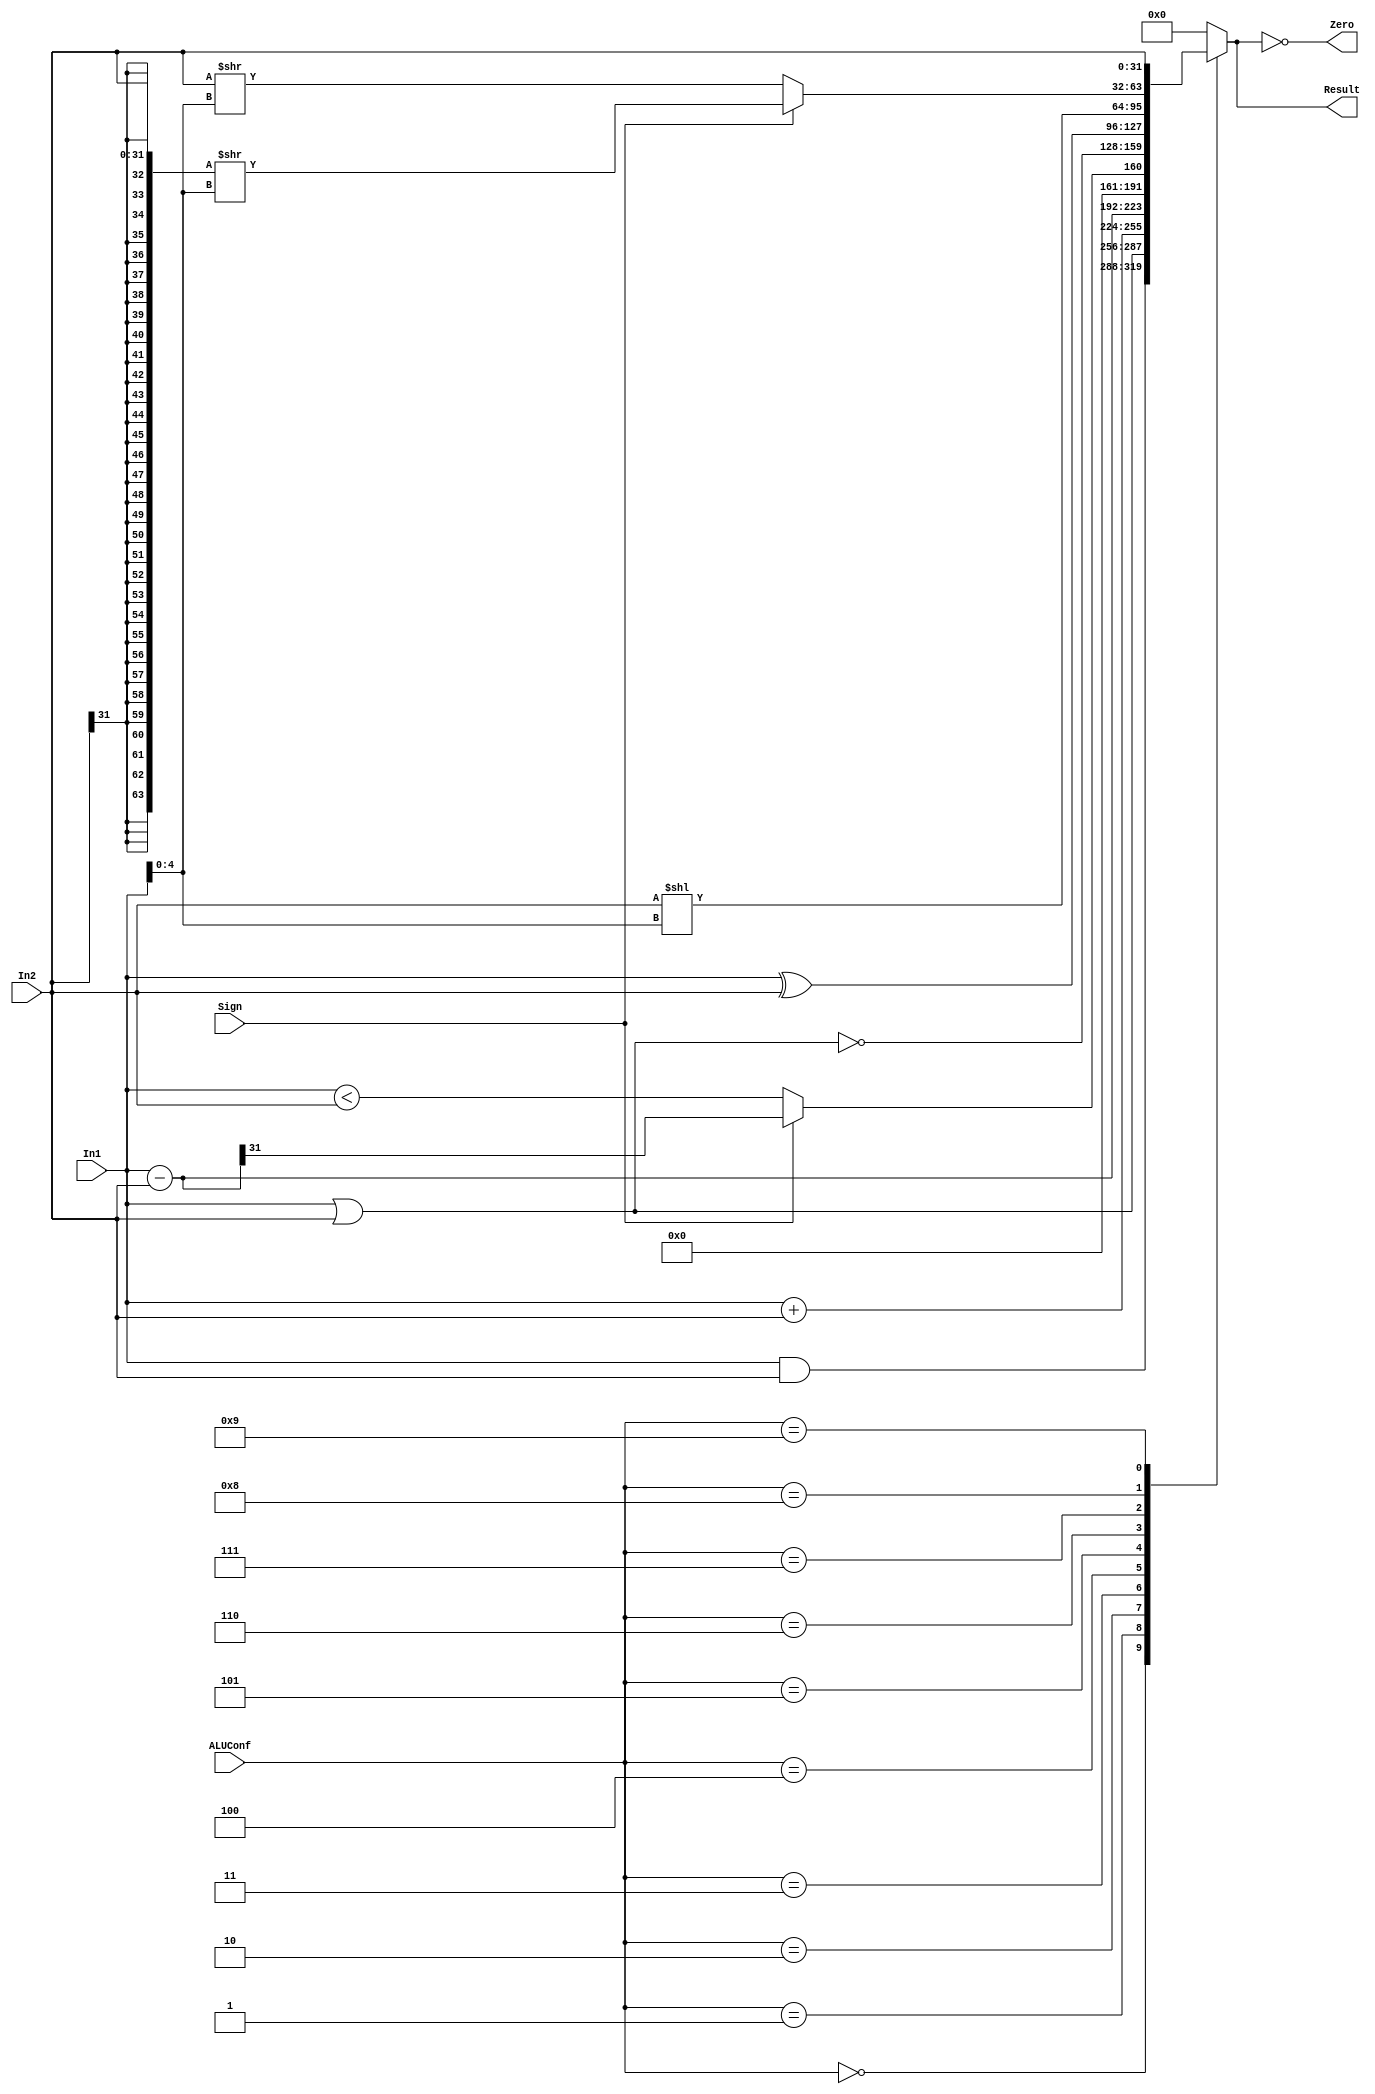
`timescale 1ns / 1ps
//////////////////////////////////////////////////////////////////////////////////
// Class: Fundamentals of Digital Logic and Processor
// Designer: Shulin Zeng
// 
// Design Name: MultiCycleCPU
// Module Name: ALU
// Project Name: Multi-cycle-cpu
// Target Devices: 
// Tool Versions: 
// Description: 
// 
// Dependencies: 
// 
// Revision:
// Revision 0.01 - File Created
// Additional Comments:
// 
//////////////////////////////////////////////////////////////////////////////////


module ALU(ALUConf, Sign, In1, In2, Zero, Result);
    // Control Signals
    input [4:0] ALUConf;
    input Sign;
    // Input Data Signals
    input [31:0] In1;
    input [31:0] In2;
    // Output 
    output Zero;
    output reg [31:0] Result;

    parameter And = 5'd0;
    parameter Or  = 5'd1;
    parameter Add = 5'd2;
    parameter Sub = 5'd3;
    parameter Slt = 5'd4;
    parameter Nor = 5'd5;
    parameter Xor = 5'd6;
    parameter Sll = 5'd7;
    parameter Srx = 5'd8;
    parameter Lui = 5'd9;

    wire [31:0] In1_minus_In2;
    assign In1_minus_In2 = In1 - In2;
    
    always @ (*) begin
        case (ALUConf)
            And: Result <= In1 & In2;
            Or:  Result <= In1 | In2;
            Add: Result <= In1 + In2;
            Sub: Result <= In1 - In2;
            Slt: Result <= (Sign)? (In1_minus_In2[31]) : (In1 < In2);
            Nor: Result <= ~ (In1 | In2);
            Xor: Result <= In1 ^ In2;
            Sll: Result <= In2 << In1[4:0];
            Srx: Result <= (Sign == 1'b0)?  (In2 >> In1[4:0]) : ({{32{In2[31]}}, In2} >> In1[4:0]);
            Lui: Result <= In2;      // In2 is the extended immediate
            default: 
                 Result <= 32'd0;
        endcase
    end

    assign Zero = (Result == 32'd0);

endmodule